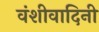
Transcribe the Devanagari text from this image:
वंशीवादिनी